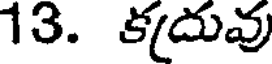
13. కదువు